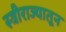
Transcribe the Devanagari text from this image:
स्त्रीराज्यातून